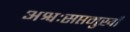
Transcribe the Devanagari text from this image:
अश्वःसप्तमुखौ